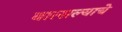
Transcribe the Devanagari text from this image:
वात्सल्याचे